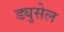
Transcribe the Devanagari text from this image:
ड्युसेल